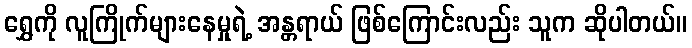
ရွှေကို လူကြိုက်များနေမှုရဲ့ အန္တရာယ် ဖြစ်ကြောင်းလည်း သူက ဆိုပါတယ်။